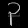
Digit: ၃